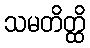
သမတိတ္ထိ